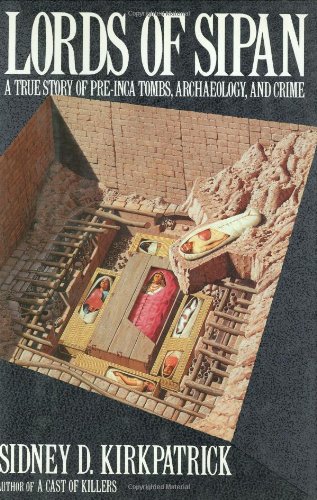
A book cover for Lords of Sipan: A True Story of Pre-Inca Tombs, Archaeology, and Crime; Sidney D. Kirkpatrick; History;